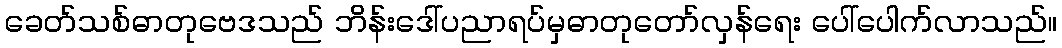
ခေတ်သစ်ဓာတုဗေဒသည် ဘိန်းဒေါ်ပညာရပ်မှဓာတုတော်လှန်ရေး ပေါ်ပေါက်လာသည်။